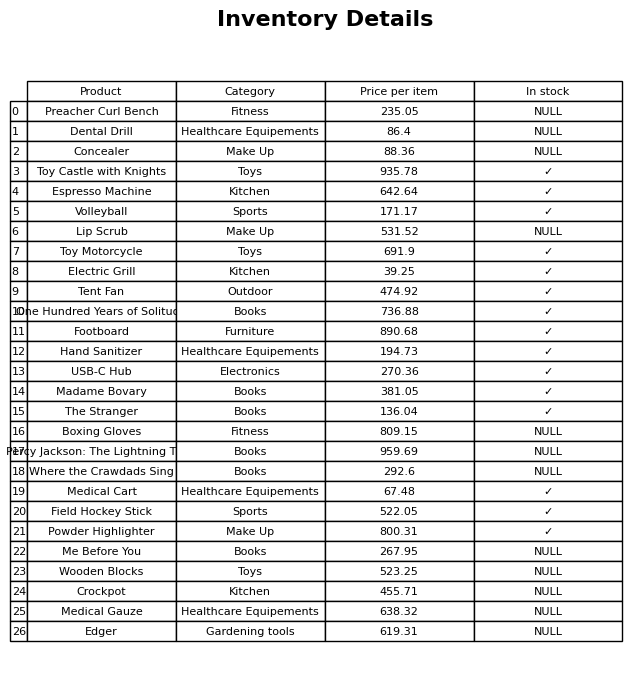
question: What is the price for Footboard?
answer: The price of Footboard is 890.68.